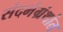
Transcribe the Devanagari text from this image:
संदर्भग्रंथांत